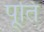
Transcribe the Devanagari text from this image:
पूतिं